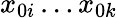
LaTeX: x_{0i}\ldots x_{0k}